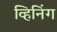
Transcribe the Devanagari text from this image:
व्हिनिंग